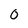
Character: 0